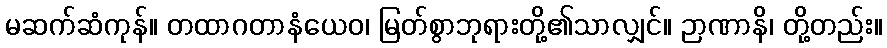
မဆက်ဆံကုန်။ တထာဂတာနံယေဝ၊ မြတ်စွာဘုရားတို့၏သာလျှင်။ ဉာဏာနိ၊ တို့တည်း။